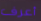
أعرف